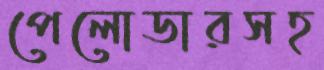
পেলোডারসহ